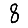
Digit: 8